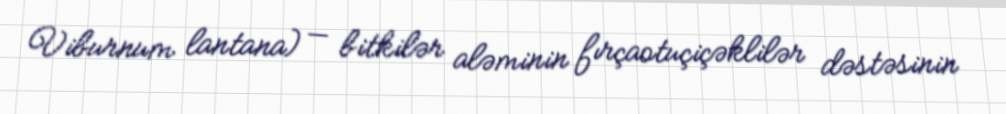
Viburnum lantana) — bitkilər aləminin fırçaotuçiçəklilər dəstəsinin